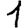
Digit: 1